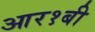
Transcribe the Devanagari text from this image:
आर१बी